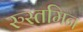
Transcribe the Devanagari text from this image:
रुस्तमिन